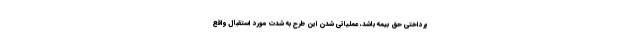
پرداختی حق بیمه باشد، عملیاتی شدن این طرح به شدت مورد استقبال واقع